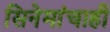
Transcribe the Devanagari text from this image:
सिनेमांचाही